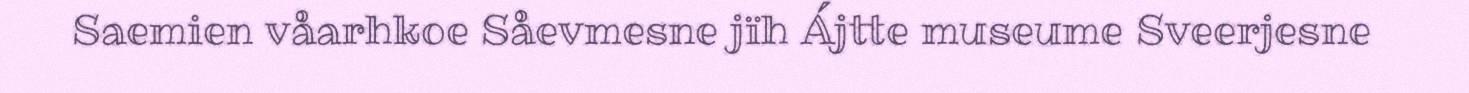
Saemien våarhkoe Såevmesne jïh Ájtte museume Sveerjesne